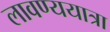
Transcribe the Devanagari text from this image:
लावण्ययात्रा